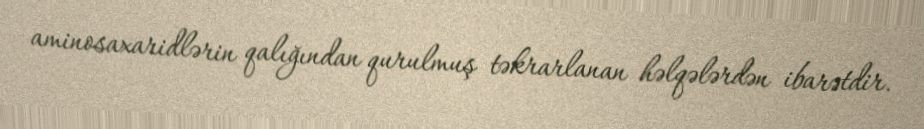
aminosaxaridlərin qalığından qurulmuş təkrarlanan həlqələrdən ibarətdir.